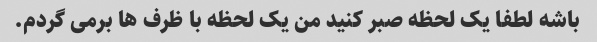
باشه لطفا یک لحظه صبر کنید من یک لحظه با ظرف ها برمی گردم.